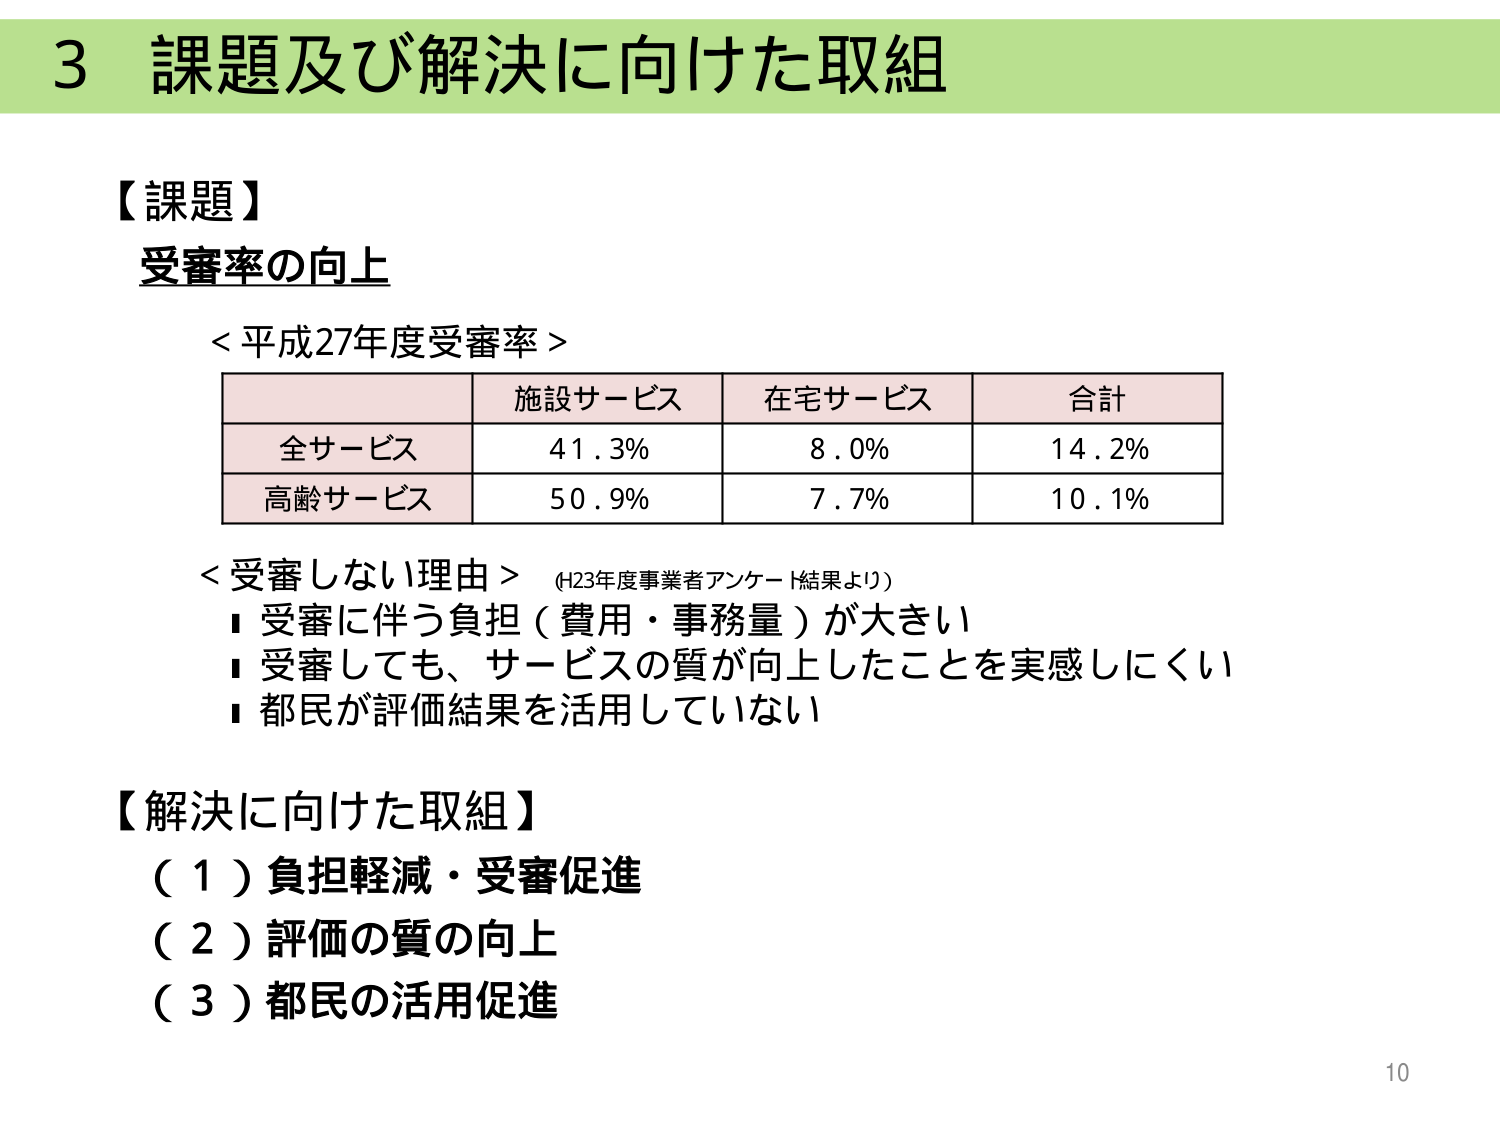
3 課題及び解決に向けた取組

【課題】
受審率の向上

＜平成27年度受審率＞
施設サービス　在宅サービス　合計
全サービス　41.3%　8.0%　14.2%
高齢サービス　50.9%　7.7%　10.1%

＜受審しない理由＞（H23年度事業者アンケート結果より）
■ 受審に伴う負担（費用・事務量）が大きい
■ 受審しても、サービスの質が向上したことを実感しにくい
■ 都民が評価結果を活用していない

【解決に向けた取組】
（1）負担軽減・受審促進
（2）評価の質の向上
（3）都民の活用促進

10